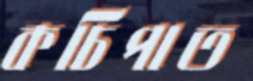
কচিপাত